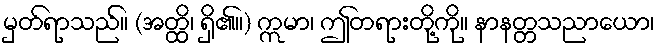
မှတ်ရာသည်။ (အတ္ထိ၊ ရှိ၏။) ဣမာ၊ ဤတရားတို့ကို။ နာနတ္တသညာယော၊